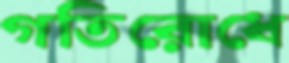
গতিরোধে